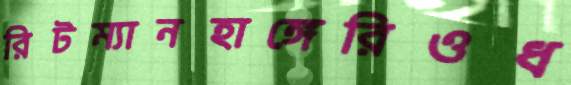
রিটম্যানহাঙ্গেরিওধ